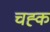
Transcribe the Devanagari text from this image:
चह्क